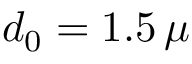
d _ { 0 } = 1 . 5 \, \mu